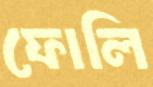
ফোলি